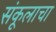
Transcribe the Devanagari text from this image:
संकूलाचा